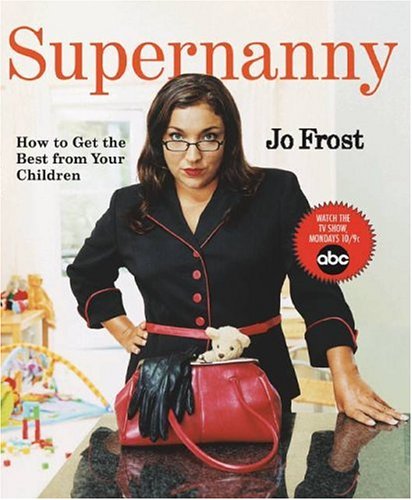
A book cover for Supernanny: How to Get the Best From Your Children; Jo Frost; Parenting & Relationships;